Vaccination report Assam 1896-1927 - 1896-1927
Year: 1896
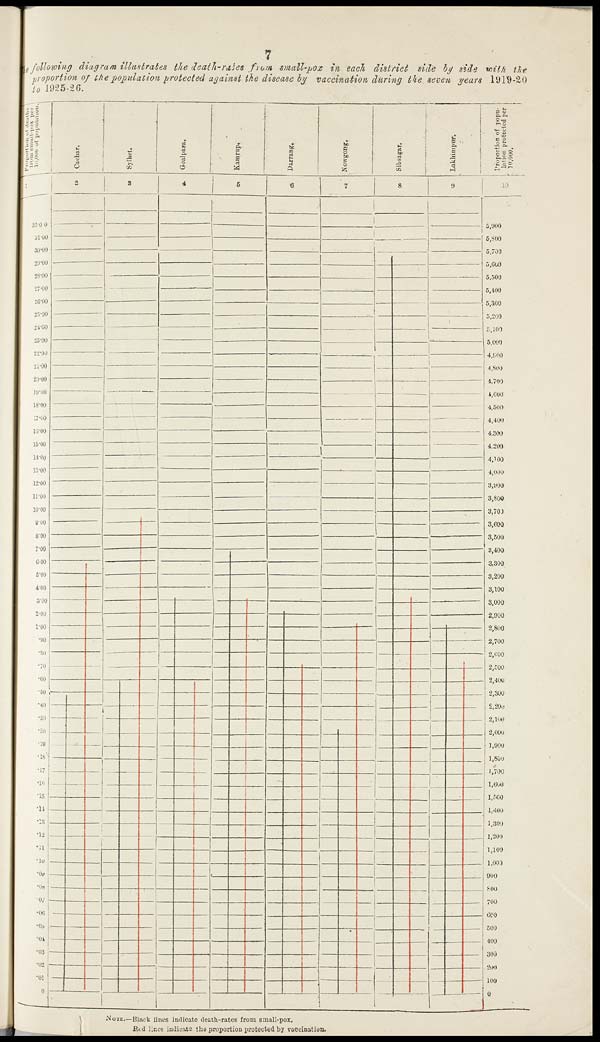
7
the following diagram illustrates the death-rates from small-pox in each district side by side with the
proportion of the population protected against the disease by vaccination during the seven years 1919-20
to 1925-26.
NOTE.—Black lines indicate death-rates from small-pox.
Bed lines indicate the proportion protected by vaccination.